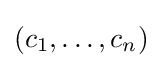
(c_{1},\ldots ,c_{n})